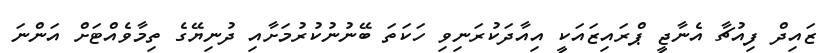
ޒައިދް ފިއުޗާ އެނާޖީ ޕްރައިޒައަކީ އިއާދަކުރަނިވި ހަކަތަ ބޭނުނުކުރުމަށާއި ދުނިޔޭގެ ތިމާވެއްޓަށް އަންނަ